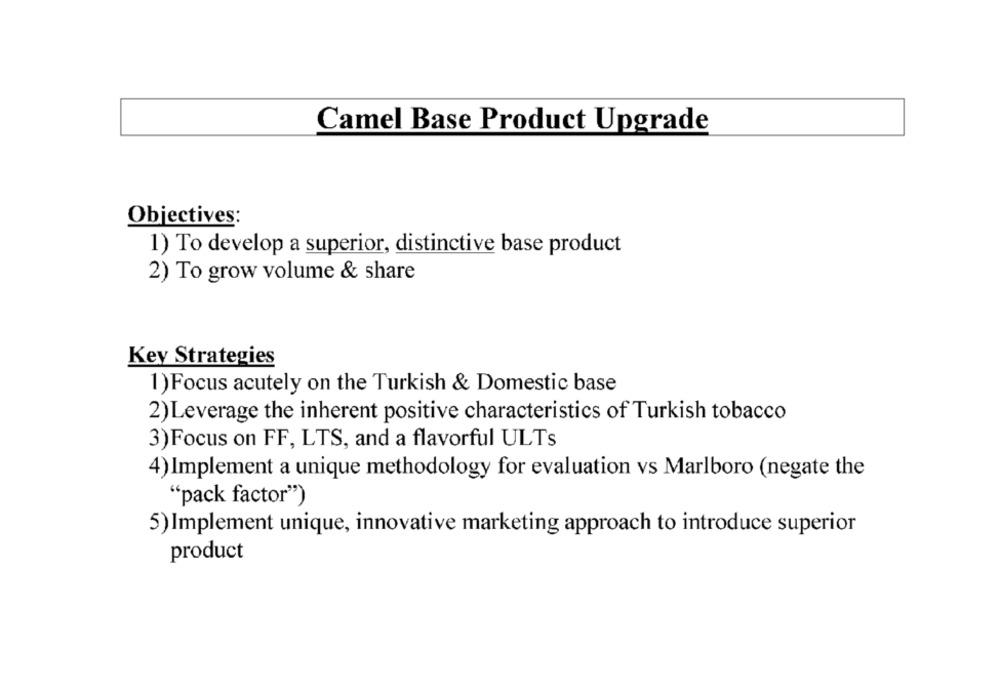
Camel Base Product Upgrade
Objectives:
1) To develop a superior, distinctive base product
2) To grow volume & share
Key Strategies
1) Focus acutely on the Turkish & Domestic base
2) Leverage the inherent positive characteristics of Turkish tobacco
3)Focus on FF, LTS, and a flavorful ULTs
4) Implement a unique methodology for evaluation vs Marlboro (negate the
"pack factor")
5) Implement unique, innovative marketing approach to introduce superior
product